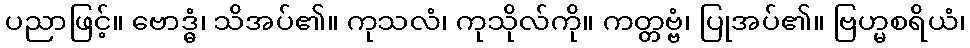
ပညာဖြင့်။ ဗောဒ္ဓံ၊ သိအပ်၏။ ကုသလံ၊ ကုသိုလ်ကို။ ကတ္တဗ္ဗံ၊ ပြုအပ်၏။ ဗြဟ္မစရိယံ၊